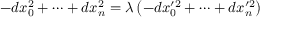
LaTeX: - d x _ { 0 } ^ { 2 } + \dots + d x _ { n } ^ { 2 } = \lambda \left( - d x _ { 0 } ^ { \prime 2 } + \dots + d x _ { n } ^ { \prime 2 } \right)